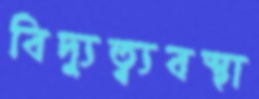
বিদ্যুত্ব্যবস্থা